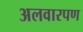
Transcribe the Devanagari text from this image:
अलवारपण